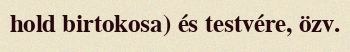
hold birtokosa) és testvére, özv.